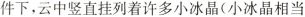
件下，云中竖直挂列着许多小冰晶(小冰晶相当